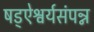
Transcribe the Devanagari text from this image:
षड्ऐश्वर्यसंपन्न